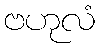
ဗဟုလံ